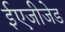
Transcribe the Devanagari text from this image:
ईएजीजेड